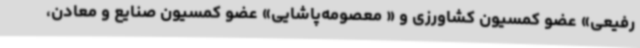
رفیعی» عضو کمسیون کشاورزی و « معصومه‌پاشایی» عضو کمسیون صنایع و معادن،